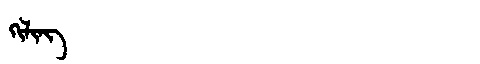
Manchu: ᡴᡳᠯᡳᠩ
Romanization: KILING